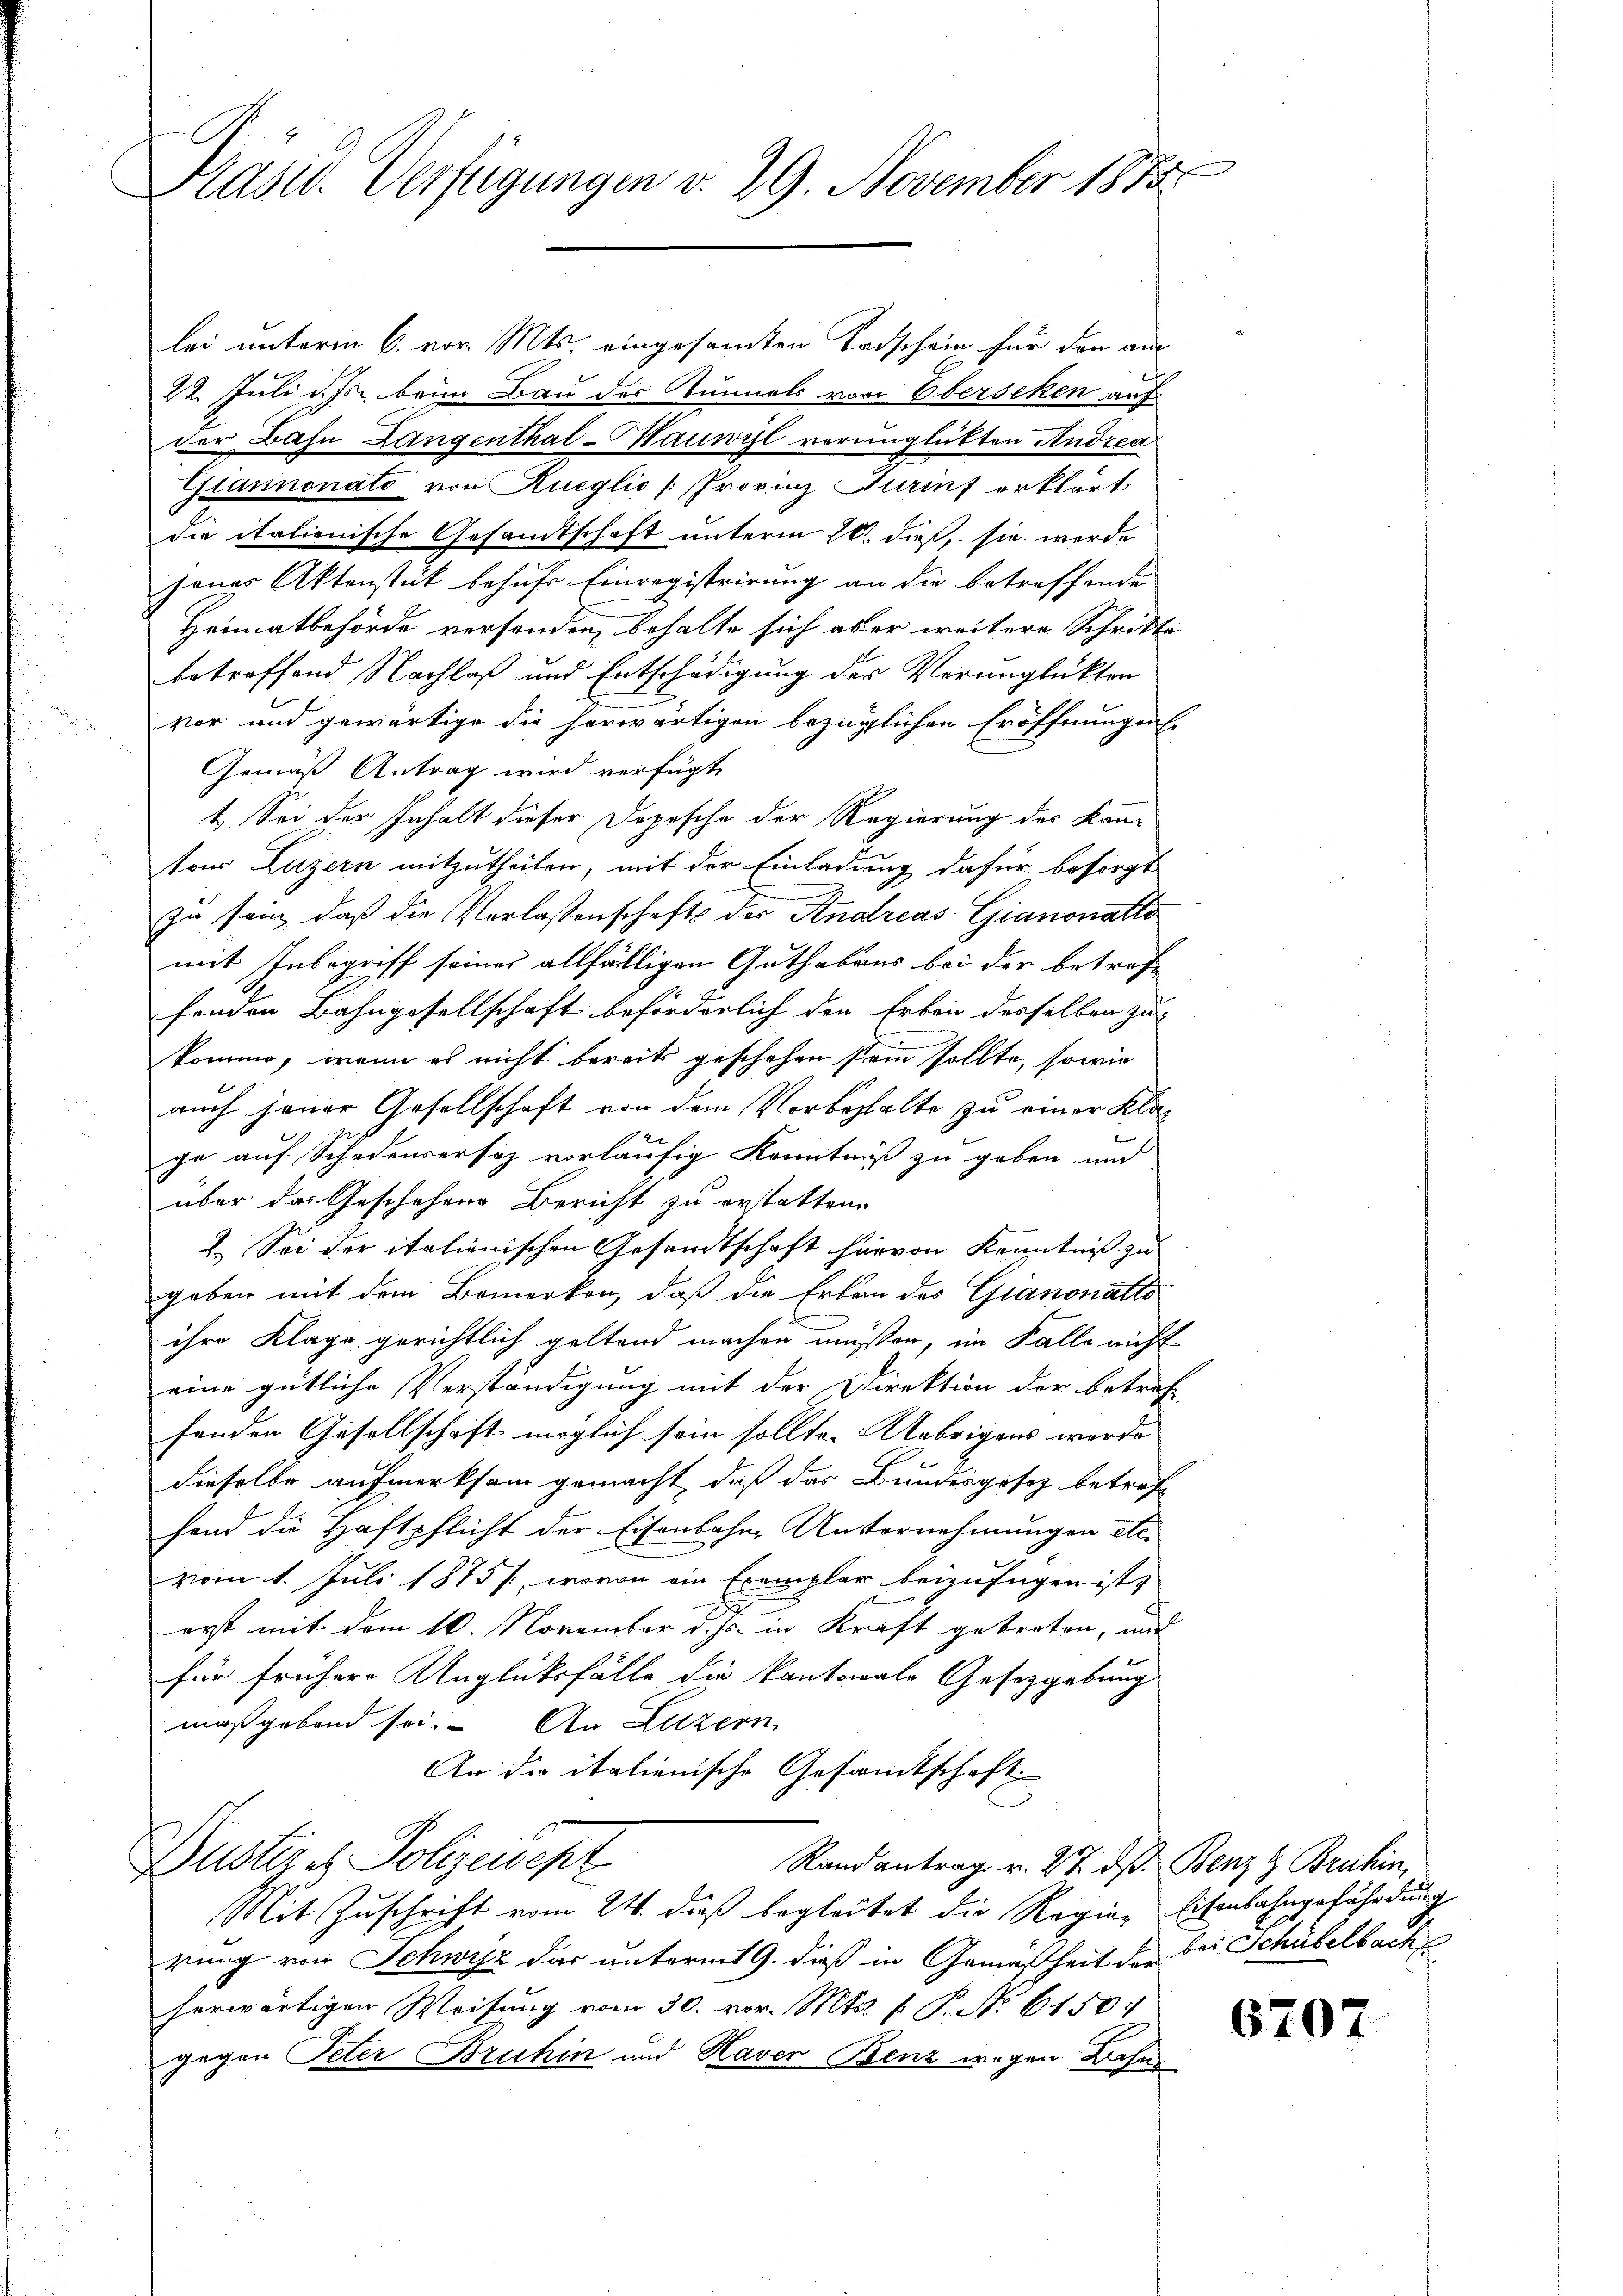
Präsid. Verfügungen v. 29. November 1855.

lei unterm 6. vor. Mts. eingesamten Todschein für den am
22. Juli d. Js. beim Bau der Kunnels von Eberseken auf
der Bahn Langenthal-Mauwyl verunglükten Andrea
Glamonate von Rueglio (Provinz Hainf erklärt
die italienische Gesamtschaft unterm 16. dieß, sie werde
jenes Aktenstück behufs Einregistrirung an die betreffende
Heimatbehörde versenden, behalte sich aber weitere Schritte
betreffend Nachlaß und Entschädigung der Verunglükten
vor und gewärtige die herwärtigen bezüglichen Eröffnungen
Gemäß Antrag wird verfügt
1. Sei der Inhalt dieser Dopesche der Regierung des Kantous Luzern mitzutheilen, mit der Einladung dafür besorgt
zu sein, daß die Verlassenschafts der Andreas Giannatto
mit Inbegriff seines allfälligen Guthabens bei der betroff
fenden Bahngesellschaft beförderlich den Erben desselben zu-
komme, wenn es nicht bereits geschehen sein sollte, sowie
auch jener Gesellschaft von dem Vorbehalte zu einer Klage auf Schadenversaz vorläufig Kenntniß zu geben und
über das Geschehen Bericht zu erstatten.
2.) Sei der italienischen Gesandtschaft hervon Kenntniß zu
geben mit dem Bemerken, daß die Erbau des Giannatts
ihre Klage gerichtlich geltend machen müßen, im Falle nicht
eine gütliche Verständigung mit der Direktion der betref-
fenden Gesellschaft möglich sein sollte. Uebrigens werde
dieselbe aufmerksam gemacht, daß das Bundesgesetz betreff
hand die Haftpflicht der Eisenbahne Unternehmungen etc.
vom 1. Juli 1875, wovon ein Exemplar beizufügen ist,
erst mit dem 10. November d. Js. in Kraft getreten, und
für frühere Unglüksfälle die kantonale Gesetzgebung
maßgebend sei. An Luzern
An die italienische Gesamtschaft
Justiz - Polizewept
Rand antrag v. 27. ds Benz & Bruhin,
Mit Zuschrift vom 24. dieß begleitet die Regie-Eisenbahngefährdung
rung von Schwyz das unterm 19. dieß in Gemäßheit der bei Schübelbach
herwärtigen Weisung vom 30. vor. Mts. p. P. No 6150.
gegen Peter Bruhin und Haver Benz wegen Bahns

670.